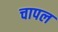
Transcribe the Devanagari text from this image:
चापल